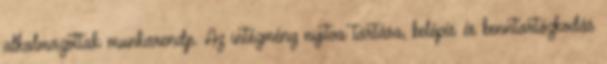
alkalmazottak munkarendje. Az intézmény nyitva tartása, belépés és benntartózkodás